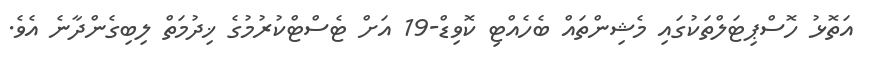
އަތޮޅު ހޮސްޕިޓަލްތަކުގައި މެޝިންތައް ބެހެއްޓި ކޮވިޑް-19 އަށް ޓެސްޓްކުރުމުގެ ޚިދުމަތް ލިބިގެންދާނެ އެވެ.